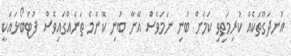
އުނދަގޫތަކެއް ކުރިމަތިވި ކަމަށް ބުނި ނަމަވެސް އޭނާ ބުނި ކޮންމެ ތަނެއްގައިވެސް ފުޓްބޯޅައަކީ